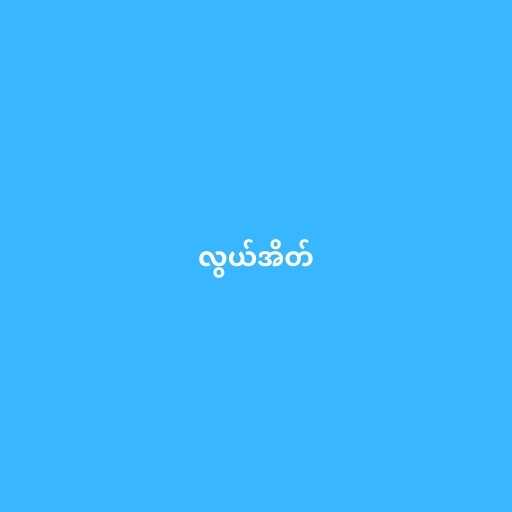
လွယ်အိတ်